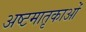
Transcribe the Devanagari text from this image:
अष्टमातृकाओं